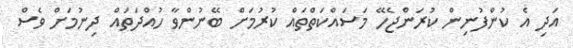
އަދި އެ ކުންފުނިން ކުރަންޖެހޭ މަސައްކަތްތައް ކުރުމަށް ބޭނުންވާ ހުއްދަތައް ދިނުމަށް ވެސް